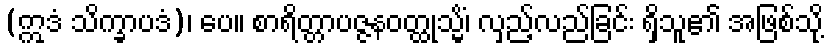
(ဣဒံ သိက္ခာပဒံ)၊ ပေ။ စာရိတ္တာပဇ္ဇနဝတ္ထုသ္မိံ၊ လှည့်လည်ခြင်း ရှိသူ၏ အဖြစ်သို့